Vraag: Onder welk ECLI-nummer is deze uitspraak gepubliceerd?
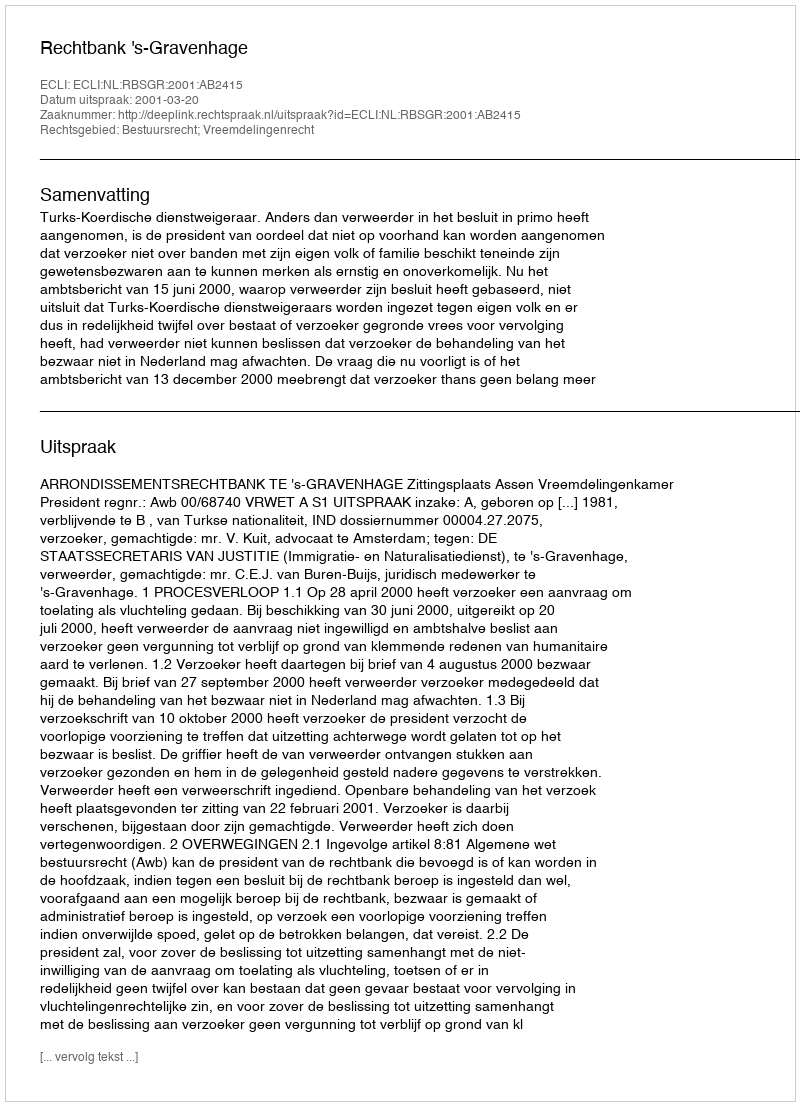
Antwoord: ECLI:NL:RBSGR:2001:AB2415